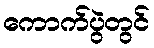
ကောက်ပွဲတွင်